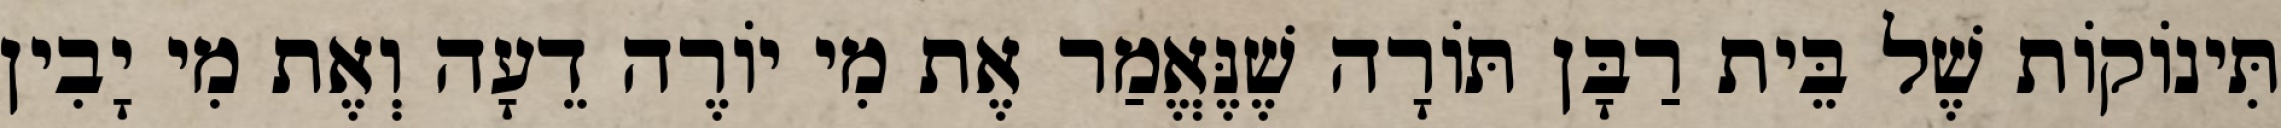
תִּינוֹקוֹת שֶׁל בֵּית רַבָּן תּוֹרָה שֶׁנֶּאֱמַר אֶת מִי יוֹרֶה דֵעָה וְאֶת מִי יָבִין